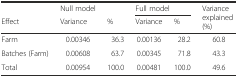
|  | Null model |  | <COLSPAN=2> Full model | <ROWSPAN=2> Variance explained (%) |
 | Effect | Variance | % | Variance | % |
 | --- | --- | --- | --- | --- | --- |
 | Farm | 0.00346 | 36.3 | 0.00136 | 28.2 | 60.8 |
 | Batches (Farm) | 0.00608 | 63.7 | 0.00345 | 71.8 | 43.3 |
 | Total | 0.00954 | 100.0 | 0.00481 | 100.0 | 49.6 |